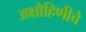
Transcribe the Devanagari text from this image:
अक्षौहिणीचे